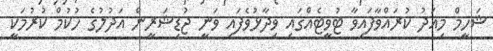
ޝަހީމް މިއަދު ކުރައްވާފައިވާ ޓުވީޓެއްގައި ވިދާޅުވެފައި ވަނީ ޖުޑިޝަރީން އަދުލުގެ ހުކުމް ކުރުމަކީ